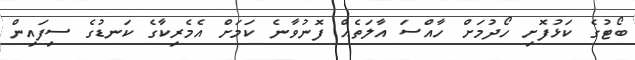
ބޯޓުގެ ކަޅުފޮށި ހޯދުމަށް ހާއްސަ އާލަތެއް ފޮނުވާނެ ކަމަަށް އެމެރިކާގެ ކަނޑުގެ ސިފައިން